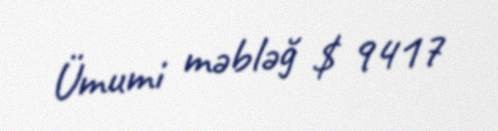
Ümumi məbləğ $ 9417